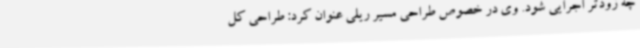
چه زودتر اجرایی شود. وی در خصوص طراحی مسیر ریلی عنوان کرد: طراحی کل